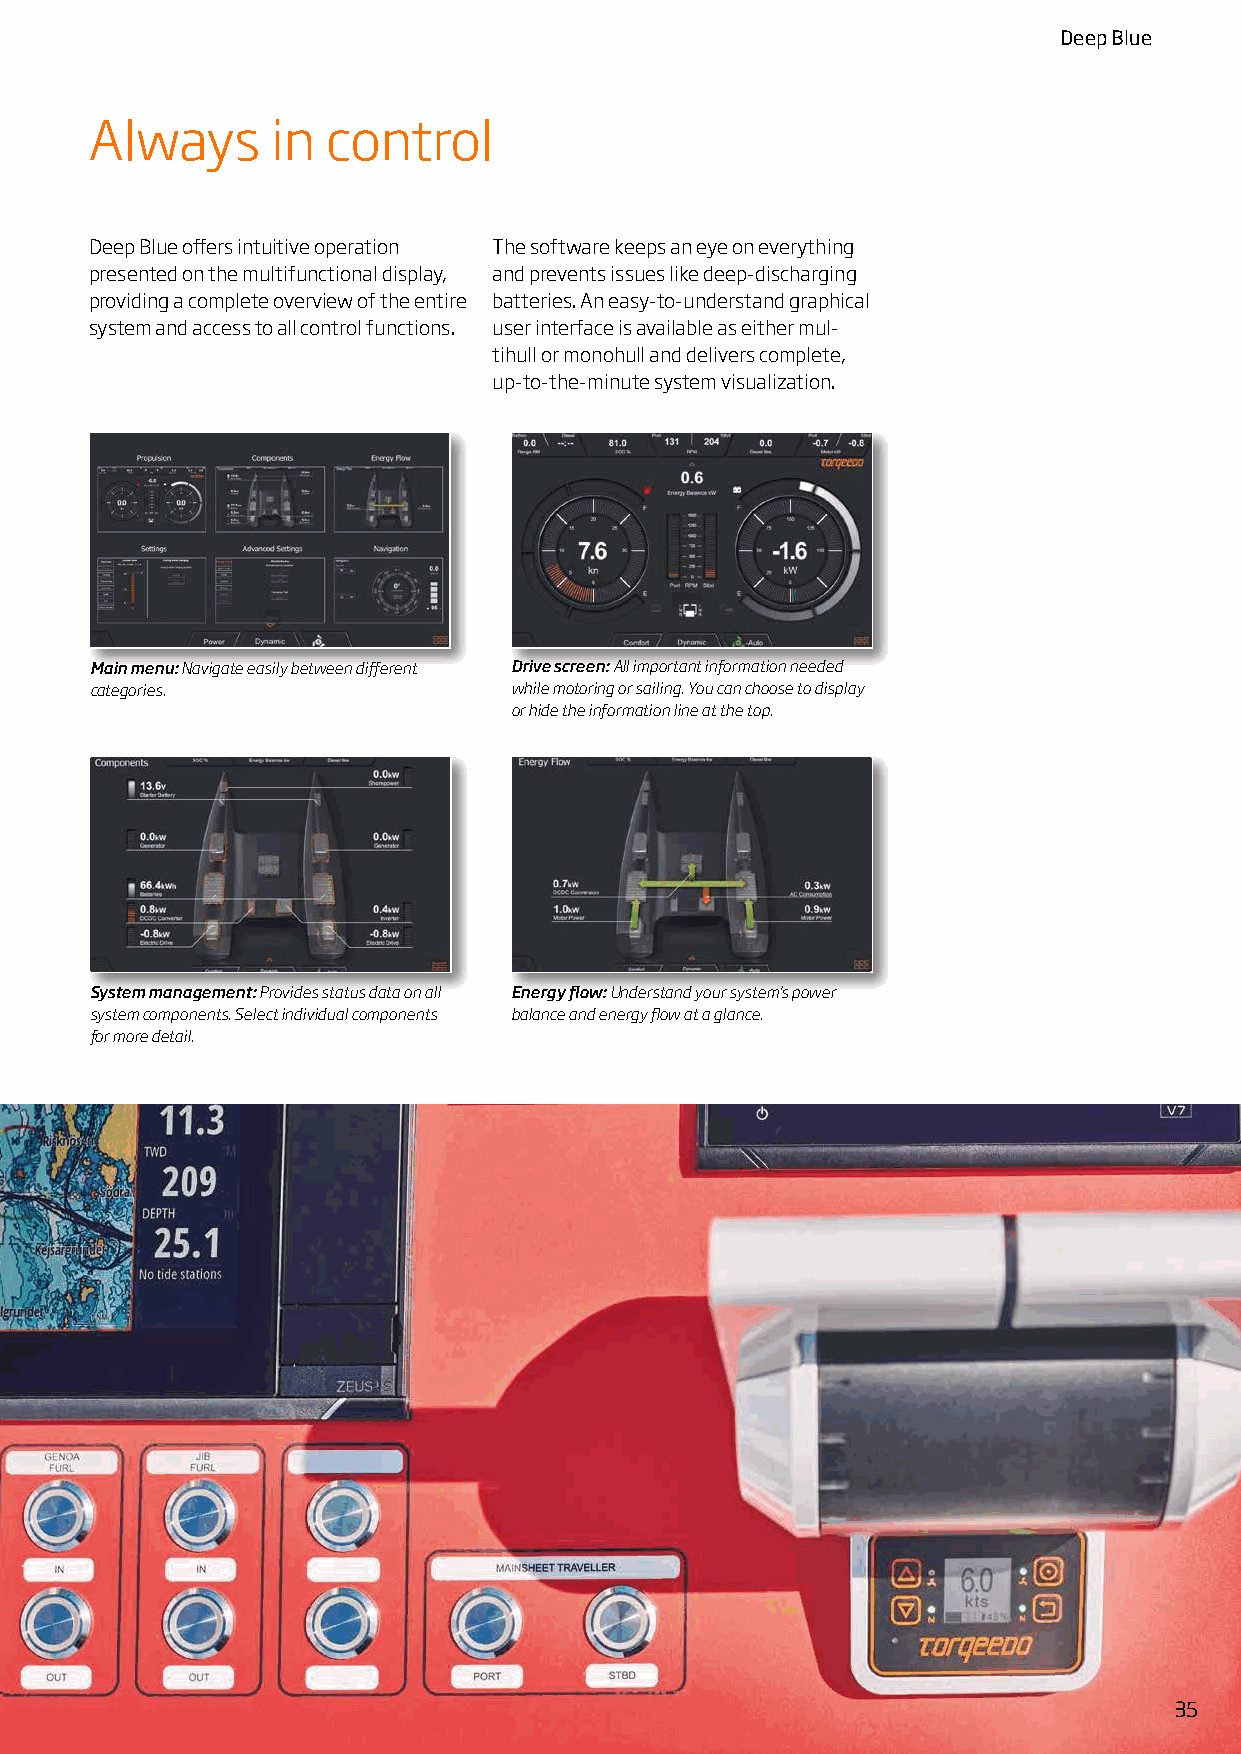
Deep Blue
 Always      in  control
 Deep Blue offers intuitive operation The software keeps an eye on everything
 presented on the multifunctional display, and prevents issues like deep-discharging
 providing a complete overview of the entire batteries. An easy-to-understand graphical
 system and access to all control functions. user interface is available as either mul-
 tihull or monohull and delivers complete,
 up-to-the-minute system visualization.
 Main menu: Navigate easily between different Drive screen: All important information needed
 categories.                 while motoring or sailing. You can choose to display
 or hide the information line at the top.
 System management: Provides status data on all Energy flow: Understand your system’s power
 system components. Select individual components balance and energy flow at a glance.
 for more detail.
 35